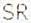
SR